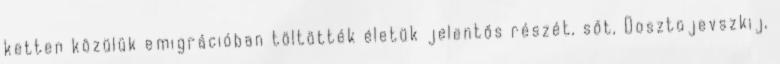
ketten közülük emigrációban töltötték életük jelentős részét, sőt, Dosztojevszkij,